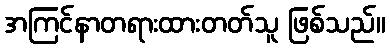
အကြင်နာတရားထားတတ်သူ ဖြစ်သည်။